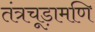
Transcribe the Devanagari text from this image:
तंत्रचूड़ामणि